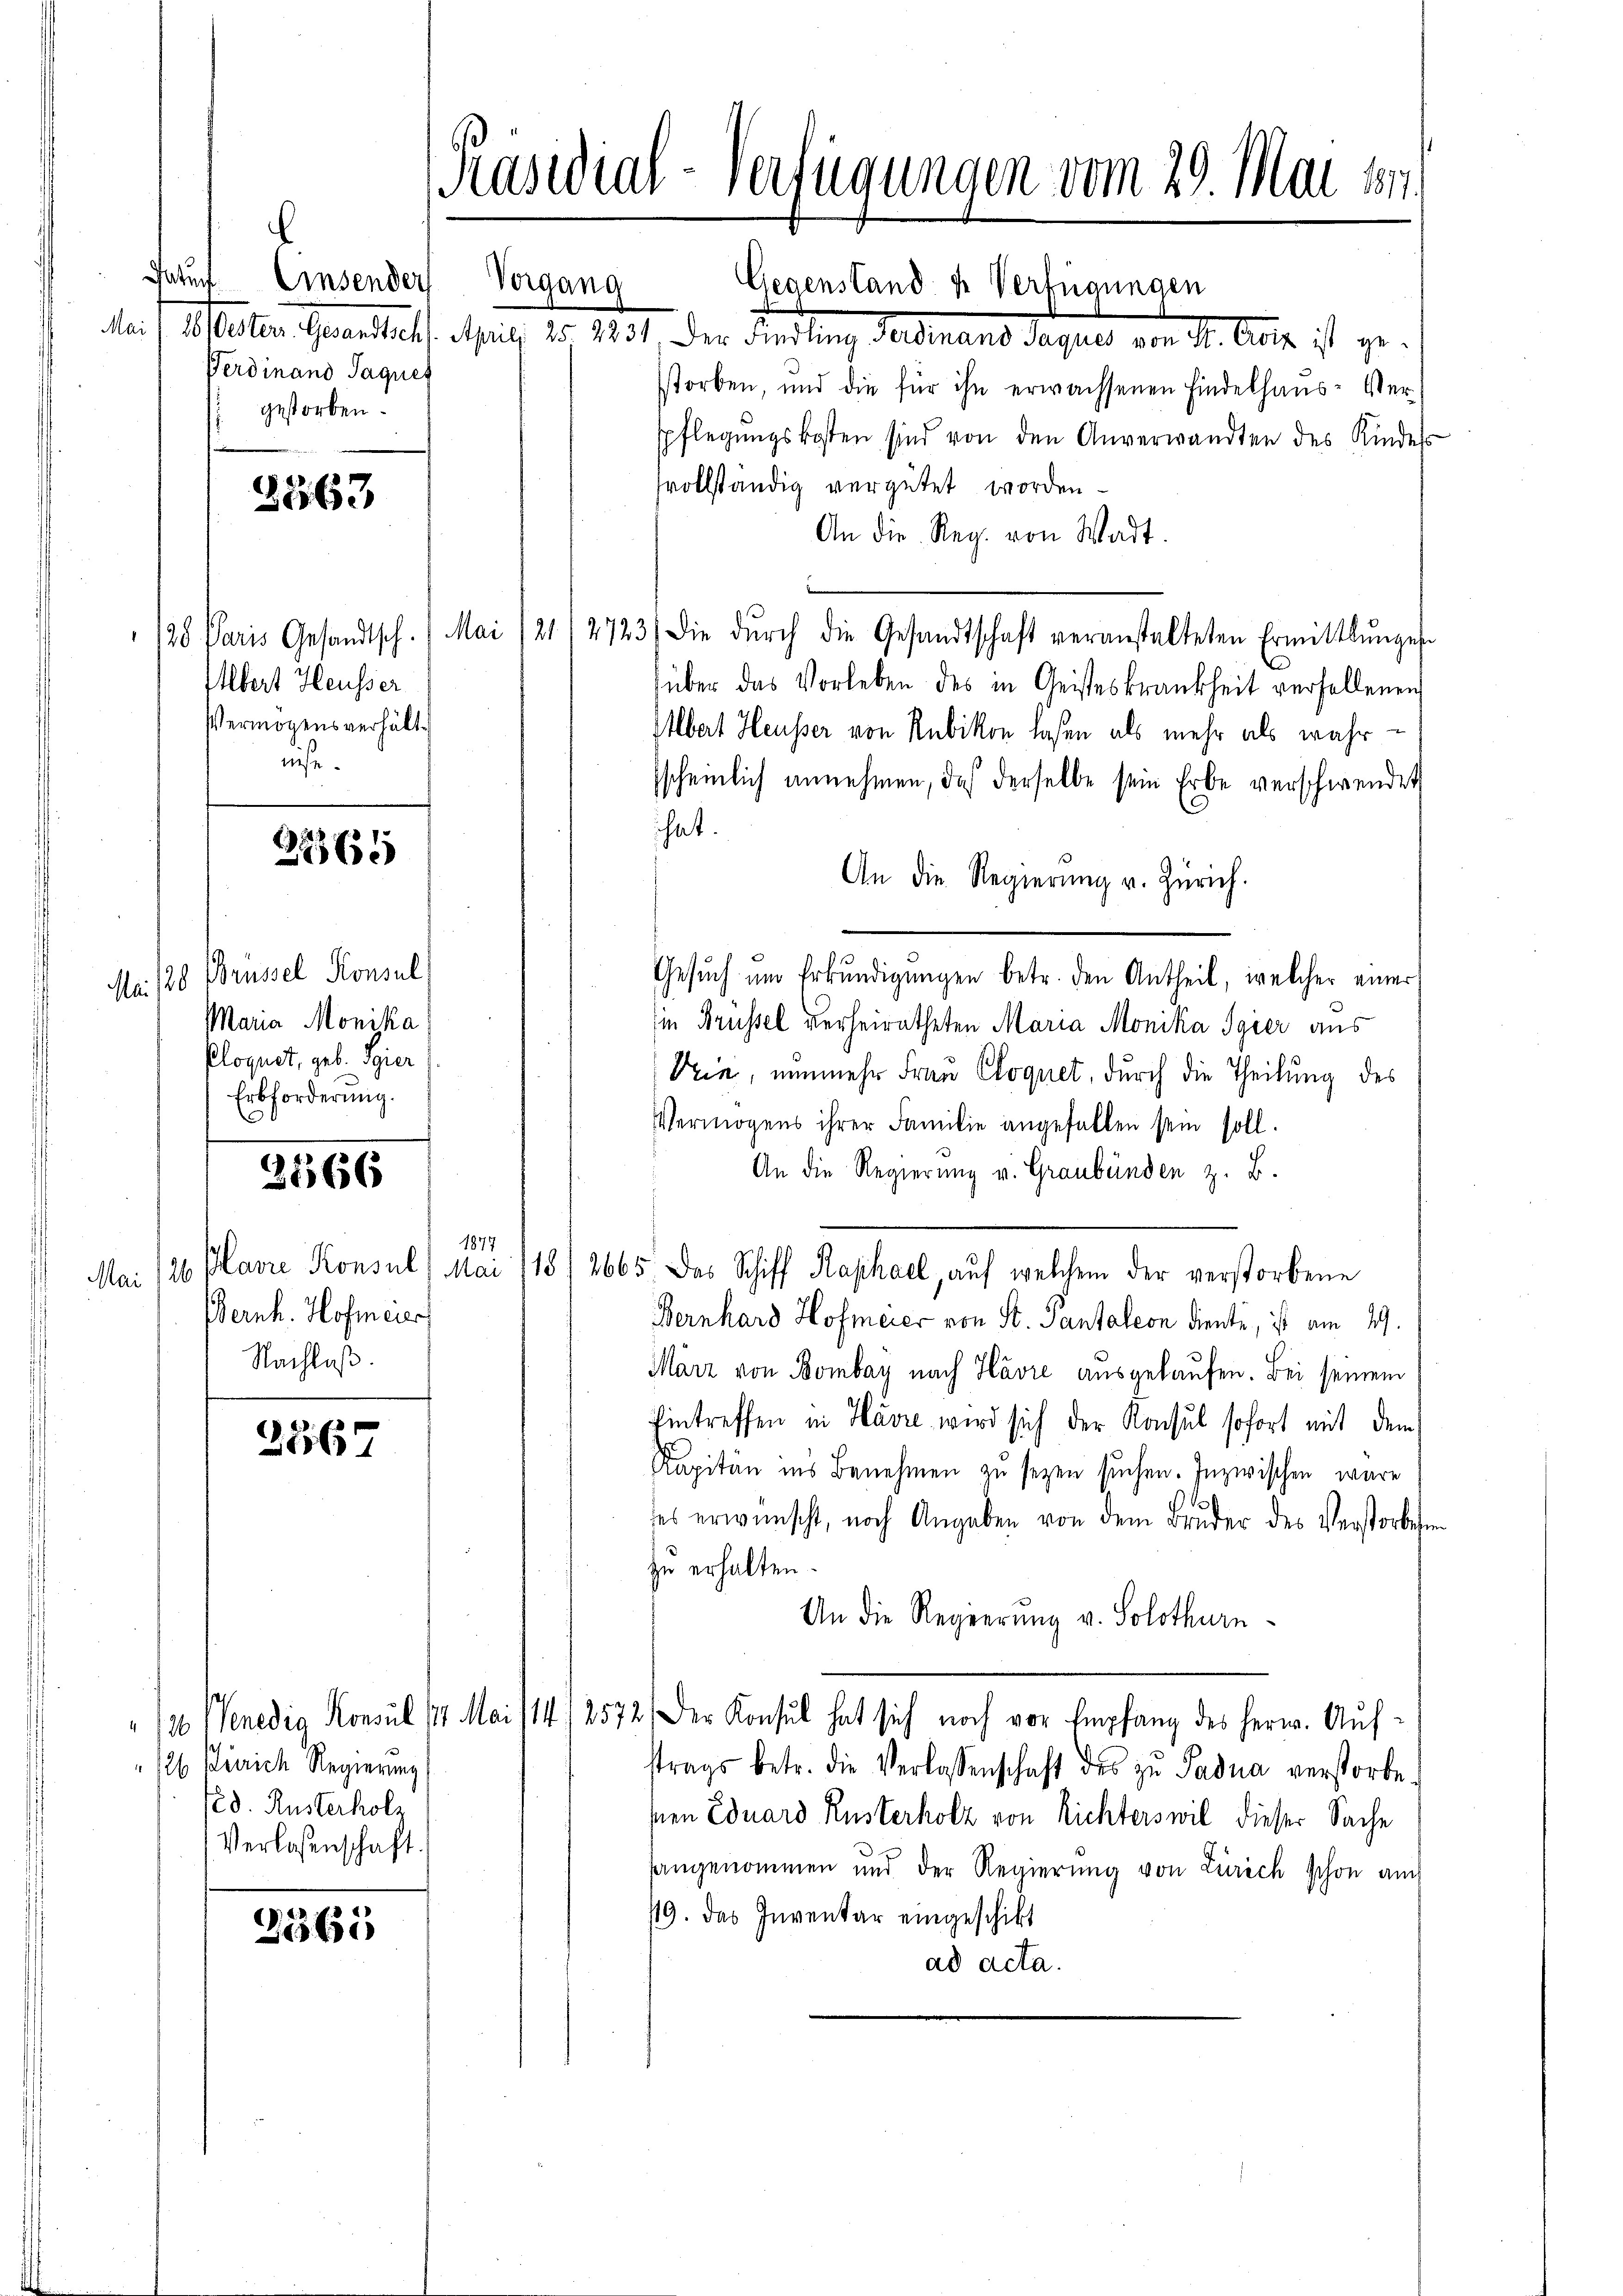
Einsenden
Vergang
Ferdinand Jaques
gestorben.

Geruch

/28 Paris Gesandtsch. Mai 121
Albert Heusser
Vermögensverhält
nise.

Mai 128 Brüssel Konsul
Maria Monika
Ploquet, geb. Spier
Erbforderung.

3563

22365

2566

1877
Bernh. Hofmeier
Nachlaß.

2567

M
/26 Venedig Konsul 17 Mai
126 Zürich Regierung
2d. Rusterholz
Verlassenschaft.

2365

Präsidial-Verfügungen vom 29. Mai 184.

Gegenstand u. Verfügungen
Mai/16 Oesterr. Gesandtscht. April 25. 2231, der Findling Ferdinand Jaques von St. Geiz ist gesstorben, und die für ihn erwachsenen Findelhaus-Verspflegŭngskosten sind von den Anverwandten des Kindess
svollständig vergütet worden
An die Reg. von Wadt.
4723/
Die dŭrch die Gesandtschaft veranstalteten Ermittlunges
über das Vorleben des in Geisteskrankheit verfellenen
Albert Heusser von Rubikon laßen, als mehr als wahr-
sscheinlich annehmen, daß derselbe sein Erbe verschwendet
hat.
An die Regierung v. Zürich.
Gesuch um Erkundigungen betr. den Antheil, welcher einer
sien Brüssel verheiratheten Maria Monika Sgier aus
Die, nunmehr Frau Cloquet, durch die Theilung des
Vermögens ihrer Familie angefallen sein soll.
An die Regierung v. Graubünden z. B.
Mai 126 Planie Konsul Mai/13/2665. Das Schiff Raphael, auf welchem der verstorbene
Bernhard Hofmeier von St. Pantalion diente, ist am 29.
März von Bombay nach Havre ausgelaufen. Bei seinem
Eintreffen in Havre wird sich der Konsul sofort mit dem
Kapitän ins Benehmen zu sezen suchen. Inzwischen wäre
des erwünscht, noch Angaben von dem Bruder des Verstorben
zu erhalten.
An die Regierung v. Solothurn
/14,2572. Der Konsul hat sich noch vor Empfang des Herw. Aŭf-
strags betr. die Verlassenschaft des zŭ Padua verstorbe
sen Eduard Rusterholz von Richterswil dieser Sache
hangenommen und der Regierung von Zürich schon auch
19. Das Inventar eingeschikt
ad acta.